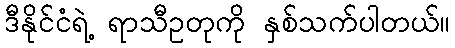
ဒီနိုင်ငံရဲ့ ရာသီဥတုကို နှစ်သက်ပါတယ်။